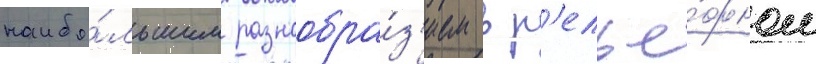
наибо́льшим разнообра́з'ием в р'елье́фном